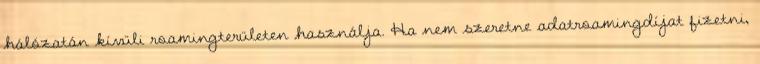
hálózatán kívüli roamingterületen használja. Ha nem szeretne adatroamingdíjat fizetni,